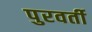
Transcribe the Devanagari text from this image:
पुरवर्ती